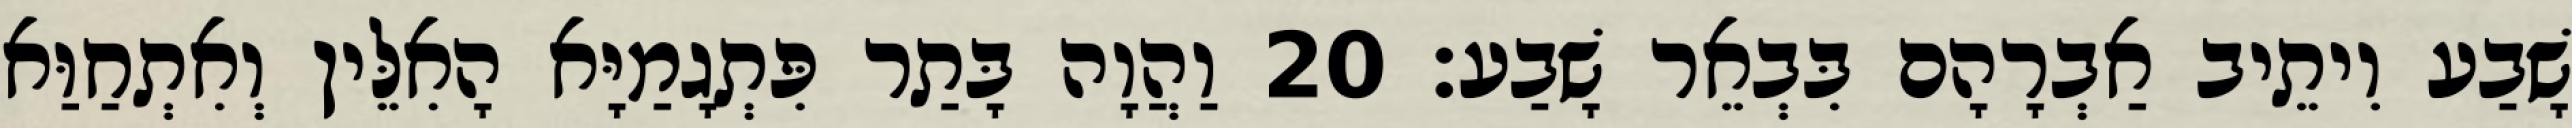
שָׁבַע וִיתֵיב אַבְרָהָם בִּבְאֵר שָׁבַע׃ 20 וַהֲוָה בָּתַר פִּתְגָמַיָּא הָאִלֵּין וְאִתְחַוַּא